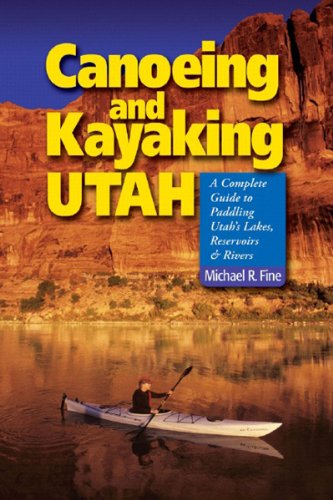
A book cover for Canoeing & Kayaking Utah: A Complete Guide to Paddling Utah's Lakes, Reservoirs & Rivers; Michael R. Fine; Travel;